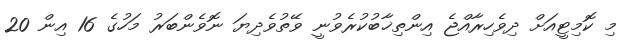
މި ކޮމިޓީއަށް ދިވެހިރާއްޖެ އިންތިޚާބުކުރެވުނީ ވޭތުވެދިޔަ ނޮވެންބަރު މަހުގެ 16 އިން 20